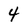
Character: 4